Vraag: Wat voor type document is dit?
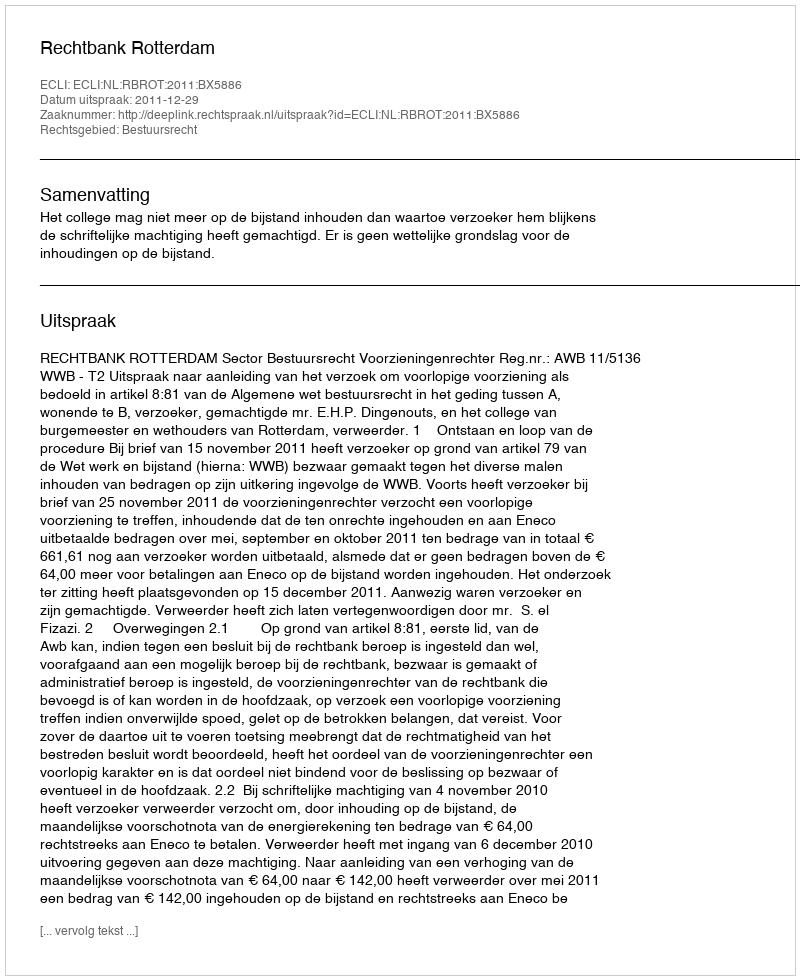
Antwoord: Uitspraak